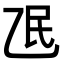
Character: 𬼢